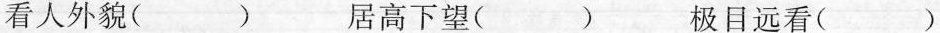
看人外貌( ) 居高下望( ) 极目远看( )